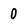
Character: 0